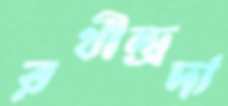
রথীন্দ্রদা